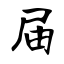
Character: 届